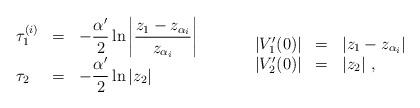
LaTeX: \begin{align*}\begin{array}{lll}\tau_1^{(i)} & = & \displaystyle{- \frac{\alpha'}{2} \ln \left| \frac{z_1-z_{\alpha_i}}{z_{\alpha_i}} \right|} \\\tau_2 & = & \displaystyle{- \frac{\alpha'}{2} \ln \vert z_2 \vert }\end{array} \ \ \ \ \ \ \ \ \begin{array}{lll}\vert V_1'(0) \vert & = & \vert z_1 - z_{\alpha_i} \vert \\\vert V_2'(0) \vert & = & \vert z_2 \vert \ ,\end{array}\end{align*}